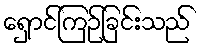
ရှောင်ကြဉ်ခြင်းသည်